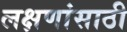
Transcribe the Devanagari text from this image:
लक्षणांसाठी